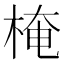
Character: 㭺